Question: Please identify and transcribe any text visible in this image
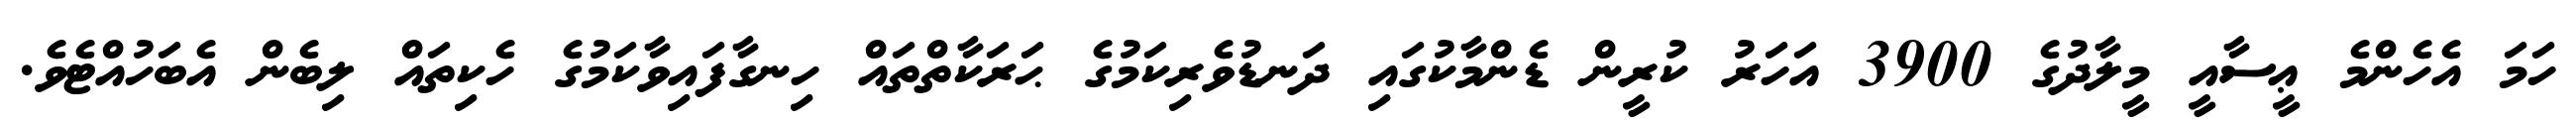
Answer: ހަމަ އެހެންމެ ޢީސާއީ މީލާދުގެ 3900 އަހަރު ކުރީން ޑެންމާކުގައި ދަނޑުވެރިކަމުގެ ޙަރަކާތްތައް ހިނގާފައިވާކަމުގެ ހެކިތައް ލިބެން އެބަހުއްޓެވެ.